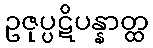
ဥဇုပ္ပဋိပန္နာတ္ထ